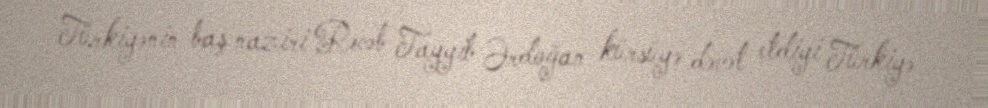
Türkiyənin baş naziri Rəcəb Tayyib Ərdoğan kürsüyə dəvət etdiyi Türkiyə